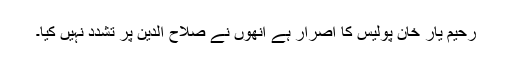
رحیم یار خان پولیس کا اصرار ہے انھوں نے صلاح الدین پر تشدد نہیں کیا۔